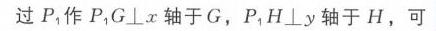
过\(P_1\)作\(P_1G\perp x\)轴于\(G\)，\(P_1H\perp y\)轴于\(H\)，可